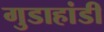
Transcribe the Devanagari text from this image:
गुडाहांडी